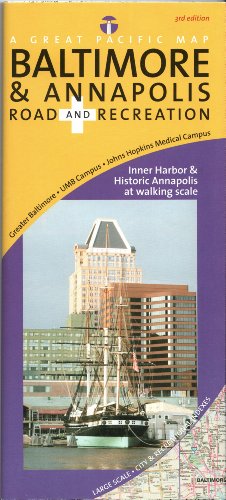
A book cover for Baltimore & Annapolis Road & Recreation Map, 3rd Edition; David J.R. Peckarsky; Travel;